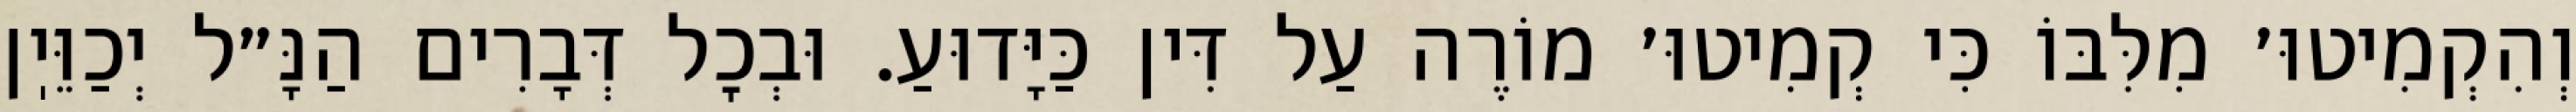
וְהִקְמִיטוּ׳ מִלִּבּוֹ כִּי קְמִיטוּ׳ מוֹרֶה עַל דִּין כַּיָּדוּעַ. וּבְכׇל דְּבָרִים הַנָּ״ל יְכַוֵּיֽן